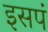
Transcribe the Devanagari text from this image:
इसपं